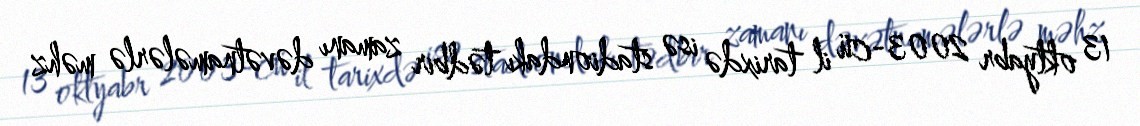
13 oktyabr 2003-cü il tarixdə isə stadiondakı tədbir zamanı dəvətnamələrlə məhz